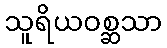
သူရိယဝစ္ဆသာ